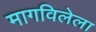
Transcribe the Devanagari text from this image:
मागविलेला